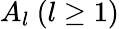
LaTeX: A_{l}\ (l\geq 1)